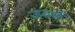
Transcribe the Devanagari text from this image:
जबसें